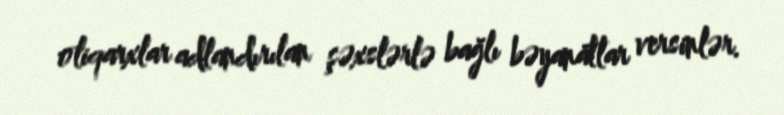
oliqarxlar adlandırılan şəxslərlə bağlı bəyanatlar versinlər.